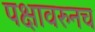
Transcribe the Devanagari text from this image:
पक्षावरुनच